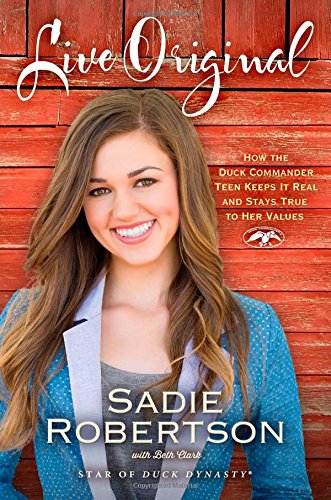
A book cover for Live Original: How the Duck Commander Teen Keeps It Real and Stays True to Her Values; Sadie Robertson; Parenting & Relationships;